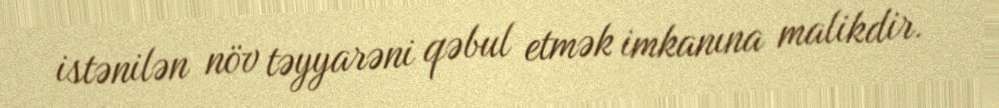
istənilən növ təyyarəni qəbul etmək imkanına malikdir.